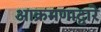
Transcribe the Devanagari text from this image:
आक्रमणाद्वारे